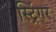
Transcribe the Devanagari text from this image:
स्ट्रिंगर